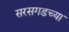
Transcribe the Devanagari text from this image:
सरसगडच्या